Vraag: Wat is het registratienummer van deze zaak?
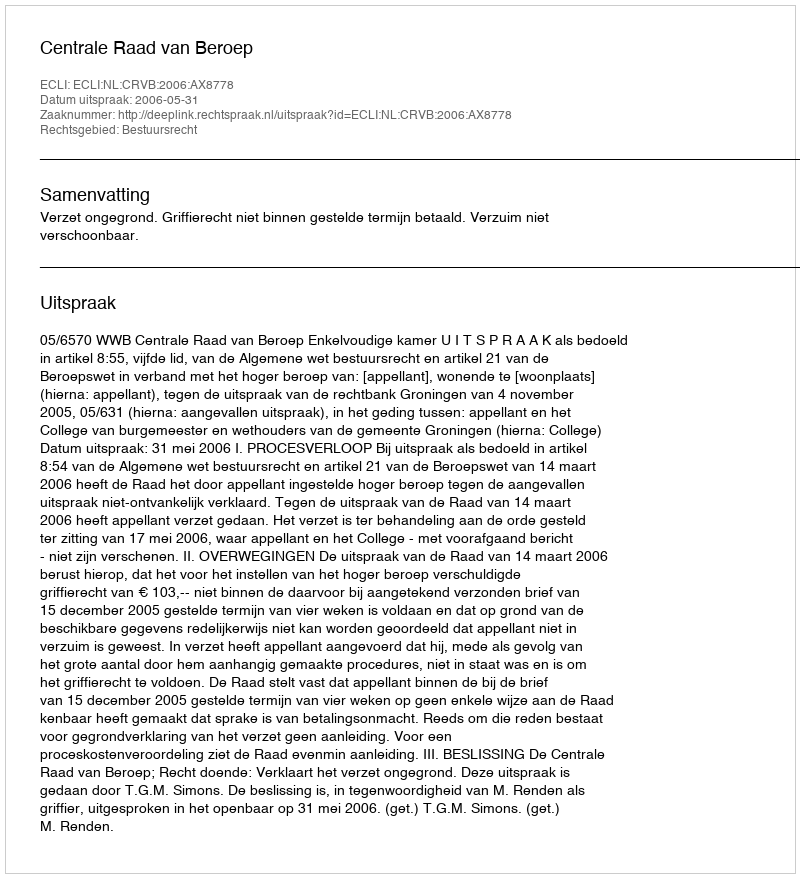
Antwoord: http://deeplink.rechtspraak.nl/uitspraak?id=ECLI:NL:CRVB:2006:AX8778